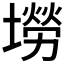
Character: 𡑍